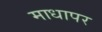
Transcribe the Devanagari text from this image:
माधापर